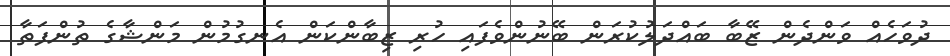
ދުވަހެއް ވަންދެން ޒޭބާ ބައްދަލުކުރަން ބޭނުންވެފައި ހުރި ޒިބާންކަން އެނގުމުން މަންޝާގެ ތުންފަތާ